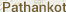
Pathankot